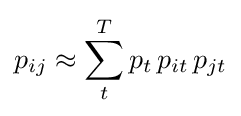
p_{ij}\approx \sum _{t}^{T}p_{t}\,p_{it}\,p_{jt}